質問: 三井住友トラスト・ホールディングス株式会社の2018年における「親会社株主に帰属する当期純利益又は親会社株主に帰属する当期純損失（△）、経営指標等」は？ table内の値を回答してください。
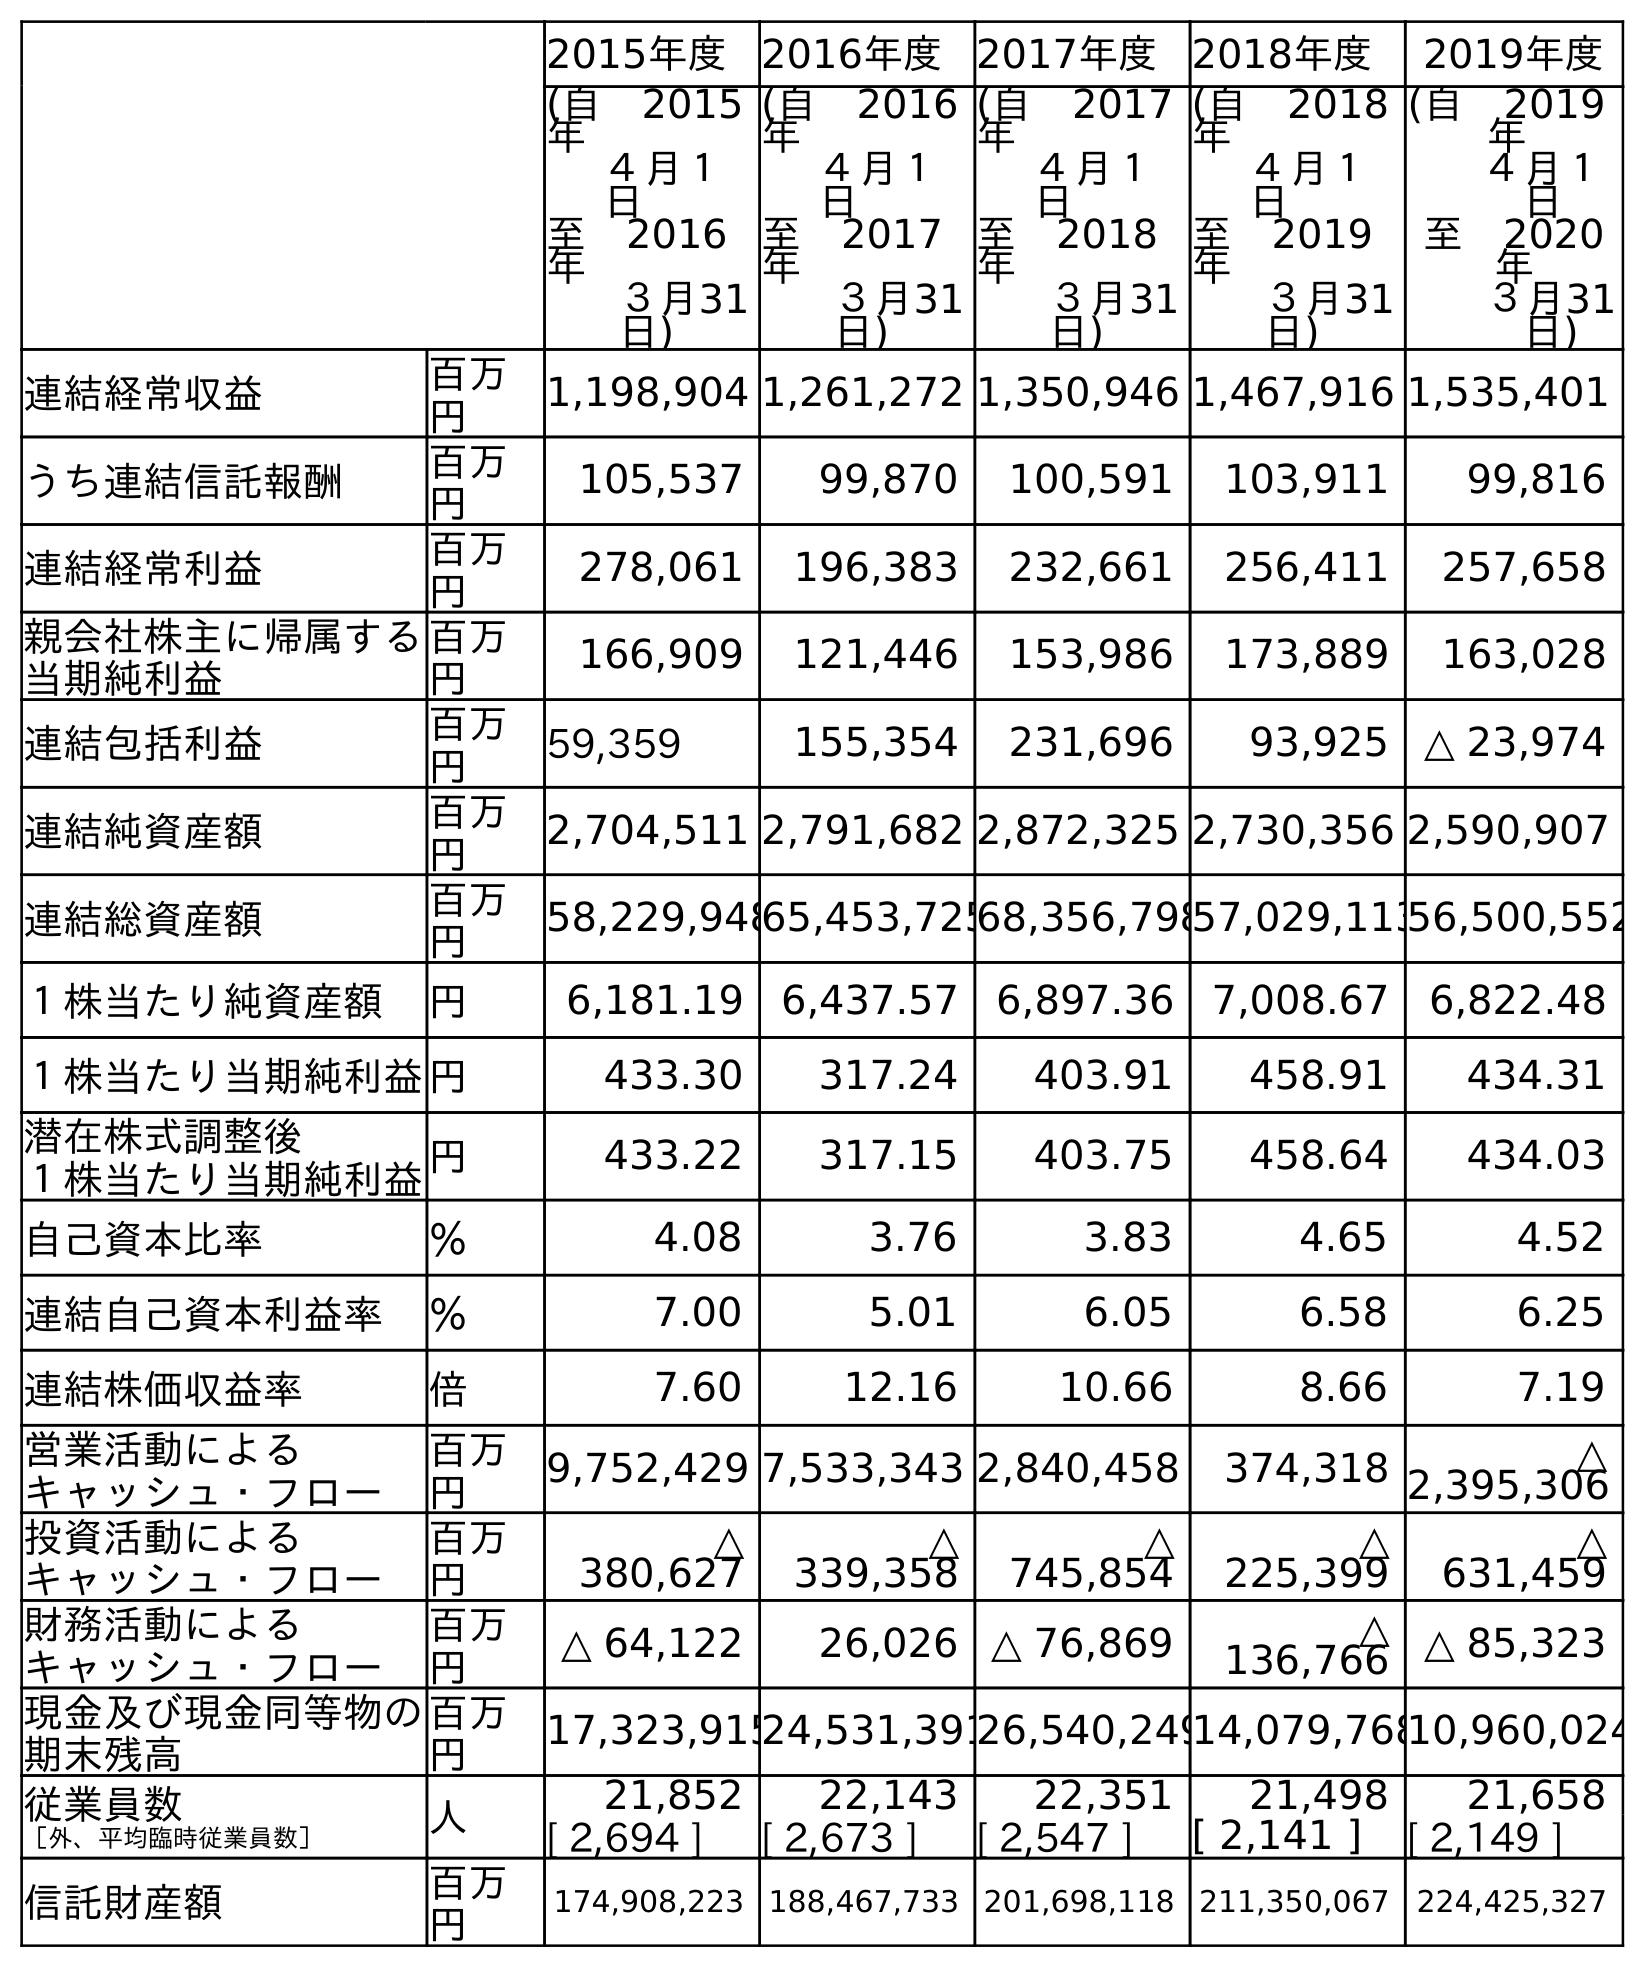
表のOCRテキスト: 2015年度 2016年度 2017年度 2018年度 2019年度 (自 2015 年 ４月１ 日 至 2016 年 ３月31 日) (自 2016 年 ４月１ 日 至 2017 年 ３月31 日) (自 2017 年 ４月１ 日 至 2018 年 ３月31 日) (自 2018 年 ４月１ 日 至 2019 年 ３月31 日) (自 2019 年 ４月１ 日 至 2020 年 ３月31 日) 連結経常収益 百万 円 1,198,904 1,261,272 1,350,946 1,467,916 1,535,401 うち連結信託報酬 百万 円 105,537 99,870 100,591 103,911 99,816 連結経常利益 百万 円 278,061 196,383 232,661 256,411 257,658 親会社株主に帰属する 当期純利益 百万 円 166,909 121,446 153,986 173,889 163,028 連結包括利益 百万 円 59,359 155,354 231,696 93,925 △ 23,974 連結純資産額 百万 円 2,704,511 2,791,682 2,872,325 2,730,356 2,590,907 連結総資産額 百万 円 58,229,94865,453,72568,356,79857,029,11356,500,552 １株当たり純資産額 円 6,181.19 6,437.57 6,897.36 7,008.67 6,822.48 １株当たり当期純利益円 433.30 317.24 403.91 458.91 434.31 潜在株式調整後 １株当たり当期純利益円 433.22 317.15 403.75 458.64 434.03 自己資本比率 ％ 4.08 3.76 3.83 4.65 4.52 連結自己資本利益率 ％ 7.00 5.01 6.05 6.58 6.25 連結株価収益率 倍 7.60 12.16 10.66 8.66 7.19 営業活動による キャッシュ・フロー 百万 円 9,752,429 7,533,343 2,840,458 374,318 △ 2,395,306 投資活動による キャッシュ・フロー 百万 円 △ 380,627 △ 339,358 △ 745,854 △ 225,399 △ 631,459 財務活動による キャッシュ・フロー 百万 円 △ 64,122 26,026 △ 76,869 △ 136,766 △ 85,323 現金及び現金同等物の 期末残高 百万 円 17,323,91524,531,39126,540,24914,079,76810,960,024 従業員数 ［外、平均臨時従業員数］ 人 21,852 22,143 22,351 21,498 21,658 [ 2,694 ] [ 2,673 ] [ 2,547 ] [ 2,141 ] [ 2,149 ] 信託財産額 百万 円 174,908,223 188,467,733 201,698,118 211,350,067 224,425,327
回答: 153,986